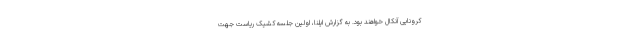
کرونایی آنکال خواهند بود. به گزارش ایلنا، اولین جلسه کشیک ریاست جهت